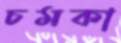
চমকা